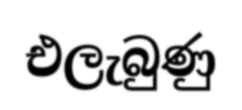
එලැබුණු